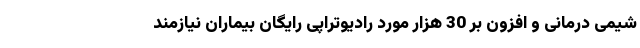
شیمی درمانی و افزون بر 30 هزار مورد رادیوتراپی رایگان بیماران نیازمند